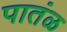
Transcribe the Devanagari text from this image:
पातंळ